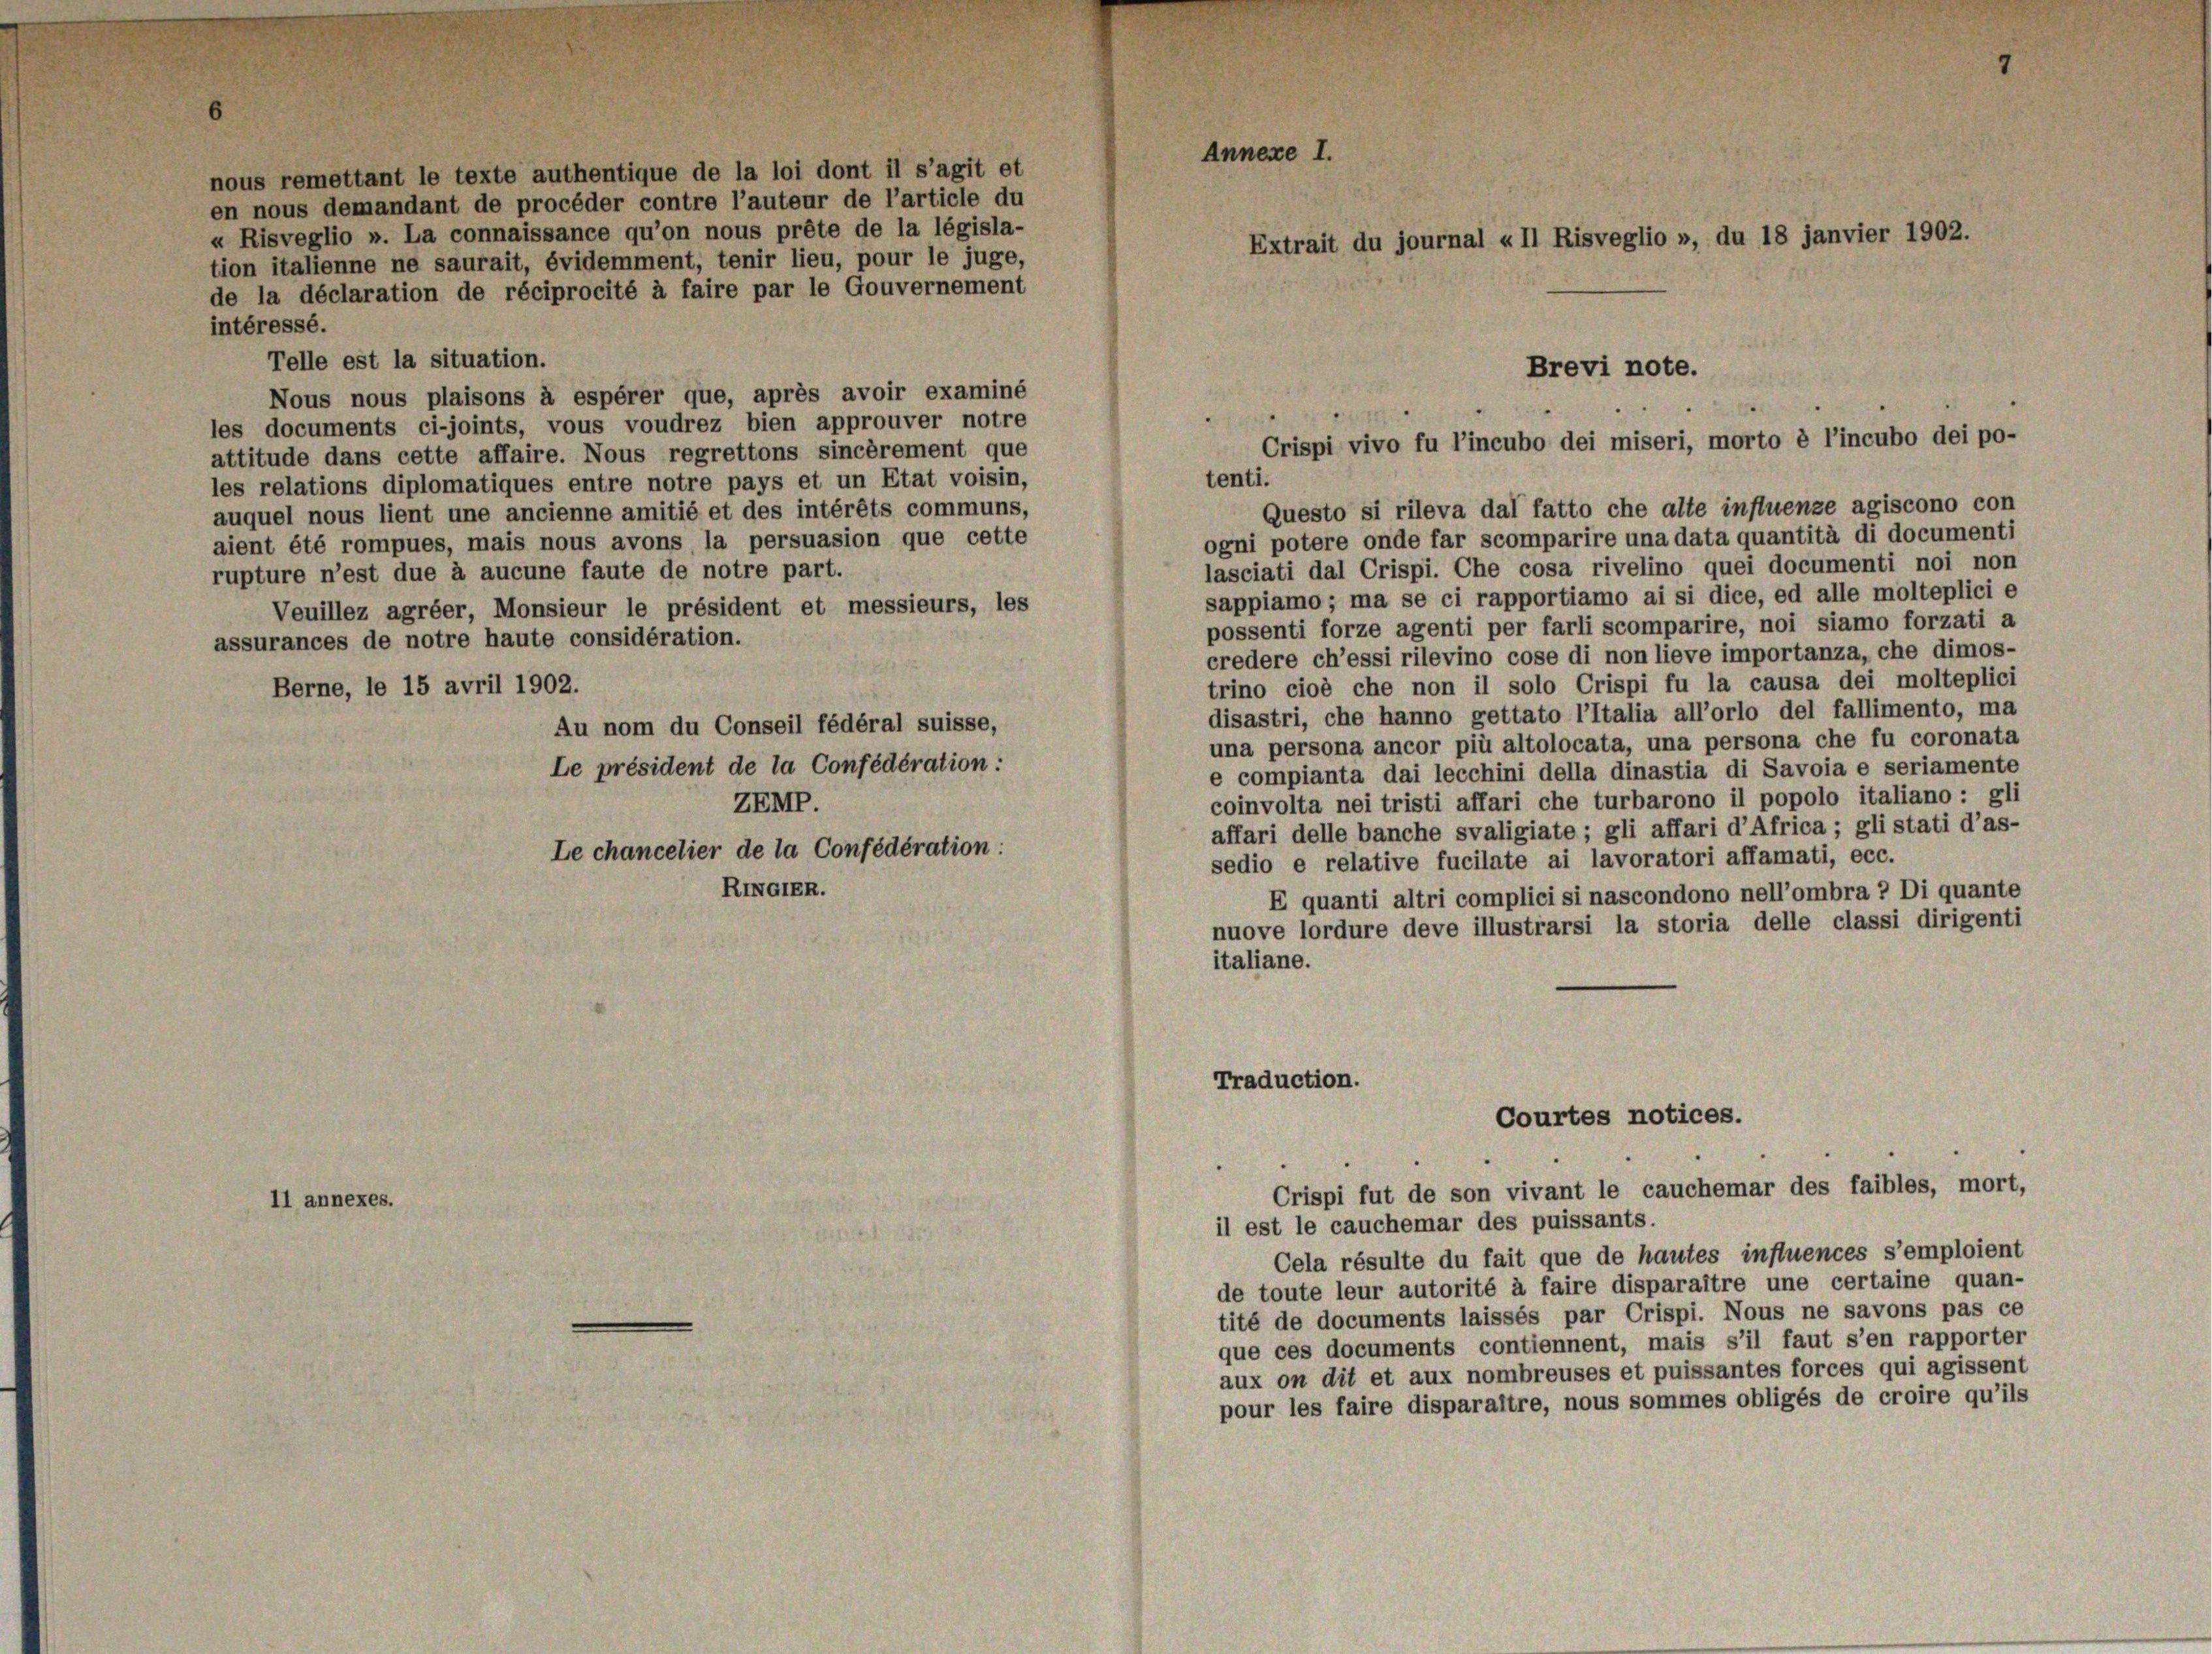
nous remettant le texte authentique de la loi dont il s’agit et

en nous demandant de procéder contre l’auteur de l’article du
« Risveglio ». La connaissance qu’on nous prête de la législa-
tion italienne ne saurait, évidemment, tenir lieu, pour le juge,
de la déclaration de réciprocité à faire par le Gouvernement
intéressé.
Nous nous plaisons à espérer que, après avoir examiné
les documents ci-joints, vous voudrez bien approuver notre
attitude dans cette affaire. Nous regrettons sincèrement que
les relations diplomatiques entre notre pays et un Etat voisin,
auquel nous lient une ancienne amitié et des intérêts communs,
ogni potere onde far scomparire una data quantità di documenti
aient été rompues, mais nous avons la persuasion que cette
lasciati dal Crispi. Che cosa rivelino quei documenti noi non
rupture n’est due à aucune faute de notre part.
sappiamo ; ma se ci rapportiamo ai si dice, ed alle molteplici e
Veuillez agréer, Monsieur le président et messieurs, les
possenti forze agenti per farli scomparire, noi siamo forzati a
assurances de notre haute considération.
credere ch’essi rilevino cose di non lieve importanza, che dimos-
trino cioè che non il solo Crispi fu la causa dei molteplici
Berne, le 15 avril 1902.
disastri, che hanno gettato l’Italia all’orlo del fallimento, ma
Au nom du Conseil fédéral suisse,
una persona ancor più altolocata, una persona che fu coronata
Le président de la Confédération:
e compianta dai lecchini della dinastia di Savoia e seriamente
coinvolta nei tristi affari che turbarono il popolo italiano : gli
ZEMP.
affari delle banche svaligiate ; gli affari d’Africa ; gli stati d’as-
Le chancelier de la Confédération:
sedio e relative fucilate ai lavoratori affamati, ecc.
RINGIER.
E quanti altri complici si nascondono nell’ombra 2 Di quante
nuove lordure deve illustrarsi la storia delle classi dirigenti
italiane.

11 annexes.

Telle est la situation.

Annexe I.

Questo si rileva dal fatto che alte influenze agiscono con

Extrait du journal «II Risveglio », du 18 janvier 1902.
Brevi note.
Crispi vivo fu l’incubo dei miseri, morto è l’incubo dei po-
tenti.

Traduction.
Courtes notices.
Crispi fut de son vivant le cauchemar des faibles, mort,

il est le cauchemar des puissants.
Cela résulte du fait que de hautes influences s’emploient
de toute leur autorité à faire disparaître une certaine quan-
tité de documents laissés par Crispi. Nous ne savons pas ce
que ces documents contiennent, mais s’il faut s’en rapporter
aux on dit et aux nombreuses et puissantes forces qui agissent
pour les faire disparaître, nous sommes obligés de croire qu’ils